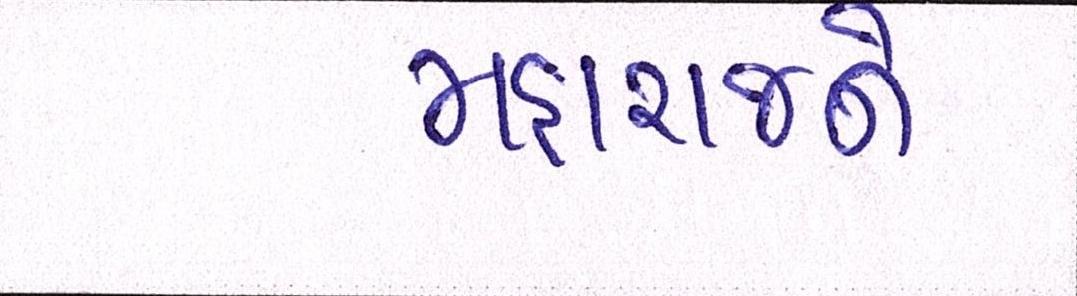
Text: મહારાજને